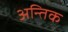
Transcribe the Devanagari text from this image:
अन्तिक